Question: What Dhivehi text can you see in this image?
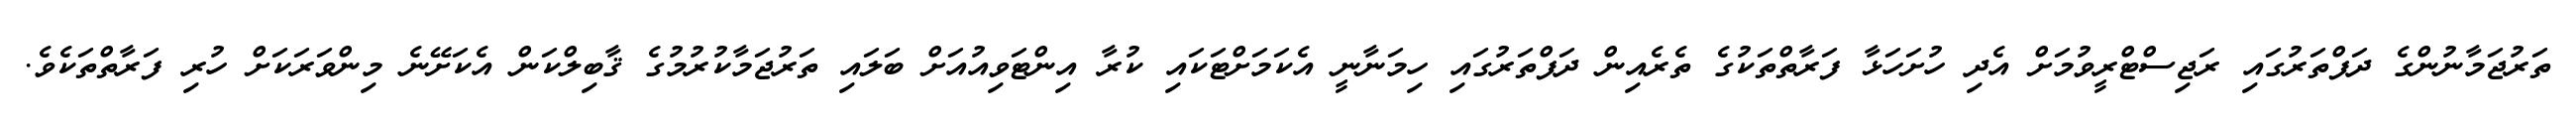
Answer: ތަރުޖަމާނުންގެ ދަފްތަރުގައި ރަޖިސްޓްރީވުމަށް އެދި ހުށަހަޅާ ފަރާތްތަކުގެ ތެރެއިން ދަފްތަރުގައި ހިމަނާނީ އެކަމަށްޓަކައި ކުރާ އިންޓަވިއުއަށް ބަލައި ތަރުޖަމާކުރުމުގެ ޤާބިލްކަން އެކަށޭނެ މިންވަރަކަށް ހުރި ފަރާތްތަކެވެ.